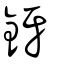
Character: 釾